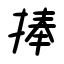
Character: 捧